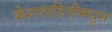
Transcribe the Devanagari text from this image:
केशवाहिनीमधून